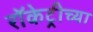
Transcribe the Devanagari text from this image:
रॉकेट्रीच्या